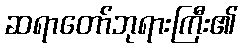
ဆရာတော်ဘုရားကြီး၏